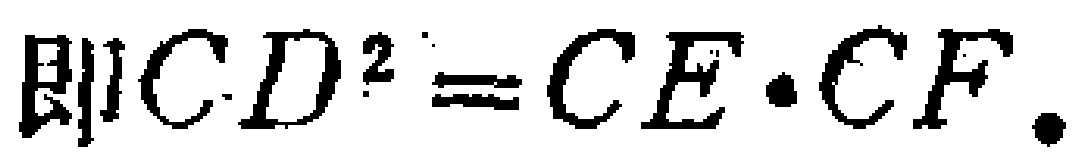
即\(CD^{2}=CE\cdot CF\).